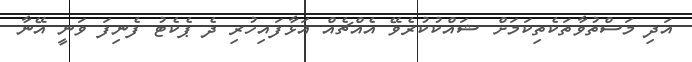
އަދި މަސްތުވާތަކެތިކަމަށް ޝައްކުކުރެވޭ އެއްޗެއް އަޅާފައިހުރި ދެ ޕެކެޓު ފެނިފަ ވަނީ އޭނާ